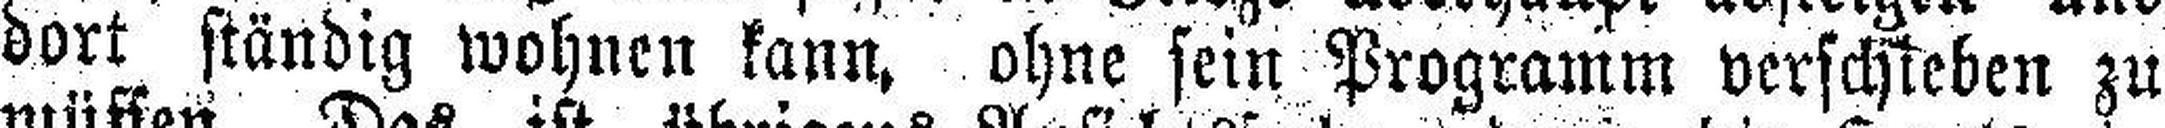
dort ständig wohnen kann, ohne sein Programm verschieben zu